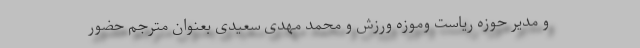
و مدیر حوزه ریاست وموزه ورزش و محمد مهدی سعیدی بعنوان مترجم حضور